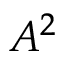
A ^ { 2 }